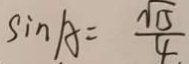
\sin A = \frac { \sqrt { 5 } } { 4 }